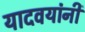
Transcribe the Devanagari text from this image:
यादवयांनी